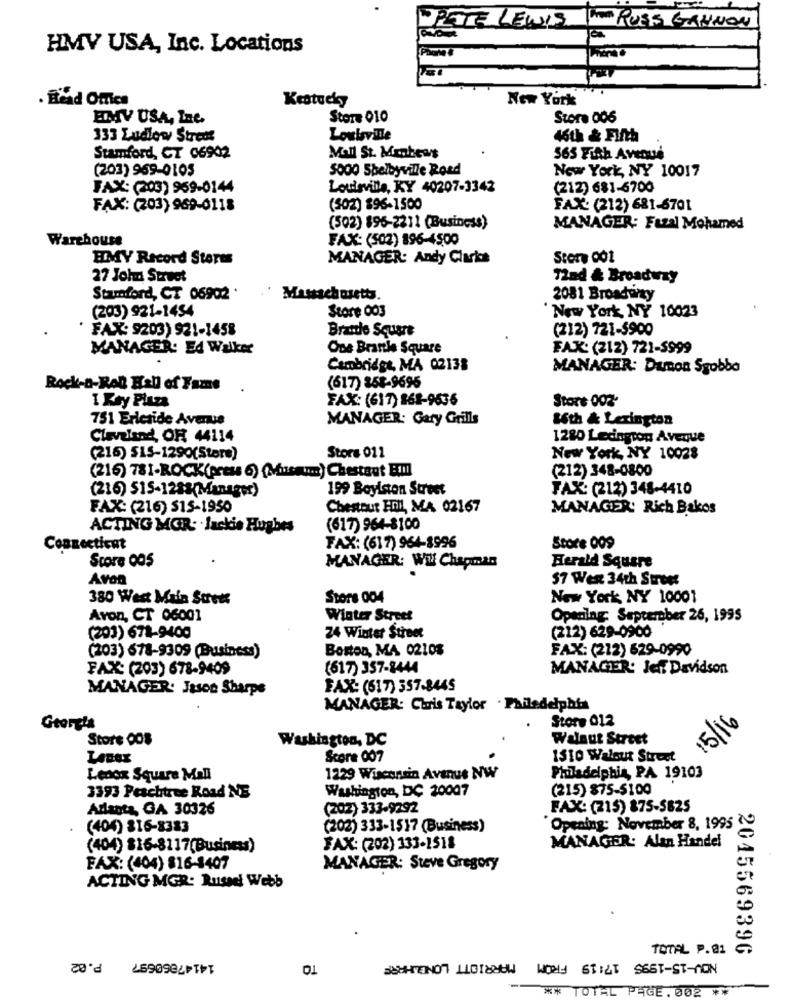
PETE LEWIS ' RUSS GANNON
HMV USA, Inc. Locations
Head Oftics
Kentucky
New York
EMV USA, Inc.
Store 010
Stora 006
133 Ludlow Street
Louisville
46th & Fifth
Stamford, CT 06902
Mall St. Manhews
365 Fifth Avenue
(203) 969-0105
5000 Shelbyville Road
New York, NY 10017
FAX: (203) 969-0144
Louisville, KY 40207-3342
(212) 681-6700
FAX: (203) 969-0118
(502) 896-1500
FAX: (212) 681-6701
(502) 896-2211 (Business)
MANAGER: Fuzal Mohamed
Warehouse
FAX: (502) 896-4500
HMY Record Stores
MANAGER: Andy Clarks
Stone 001
27 John Street
12ad & Broadway
Stamford, CT 05902 .
Massachusetts.
2081 Broadprzy
(203) 921-1454
Store 003
New York, NY 10023
FAX: 9203) 921-1458
Branle Square
(212) 721-5900
MANAGER: Ed Walker
One Branle Square
FAX: (212) 721-5999
Cambridge, MA 02138
MANAGER: Dunon Sgobbo
Rock-&-Roll Hall of Fame
(617) 858-9695
I Key Plaza
FAX: (617) 868-9636
Stort 003
751 Erleside Avenue
MANAGER: Gary Grills
16th & Lexington
Cleveland, OF 44114
1280 Lexington Avenue
(215) $15-1290(Stere)
Stora 012
New York, NY 10028
(216) 781-ROCK(press 6) (Museum) Chestant Emll
(212) 348-0800
(216) 515-1288(Manager)
199 Boylston Street
FAX: (212) 348-4410
FAX: (216) 515-1950
Chestout HIl, MA 02167
MANAGER: Rich Bakos
ACTING MOR: Jackie Hughes
(617) 964-8100
Connecticut
FAX: (617) 964-8996
Store 009
Score 005
Herald Square
MANAGER: Wil Chapman
Avon
57 West 34th Street
380 West Main Street
Store 004
New York NY 10001
Avon, CT 06001
Winter Street
Opening: September 26, 1995
(212) 629-0900
(203) 678-9400
24 Winter Street
(203) 678-9309 (Business)
Boston, MA 0210%
FAX: (212) 629-0990
FAX: (203) 678-9409
(617) 357-8444
MANAGER: Jeff Davidson
MANAGER: Jason Sharps
FAX: (517) 357-8445
MANAGER: Chris Taylor . Philadelphia
Store 012
Store 008
Washington, DC
Walnut Street
15/16
Score 007
1510 Walout Street
Lenox Square Mall
1229 Wisconsin Avenue NW
Philadelphia, PA 19103
Washington, DC 20007
(215) 875-5100
3393 Peachtree Road NE
Atlanta, GA 30326
(202) 333-9292
FAX: (215) 875-5825
(404) 816-8383
(202) 333-1517 (Business)
Opening: November 8, 1995
(404) 816-8117(Business)
FAX: (202) 133-1518
MANAGER: Alan Handel
FAX: (404) 816-1407
MANAGER: Steve Gregory
ACTING MGR: Russel Webb
TOTAL P.01
2045569396
01
** TOTAL PAGE. 002 **